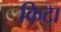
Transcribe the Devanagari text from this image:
किटा